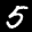
Label: 5